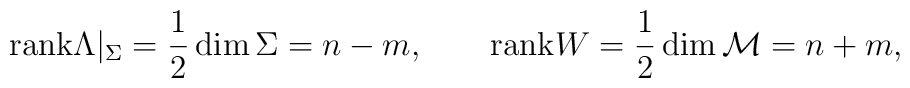
{\rm rank}\Lambda |_\Sigma =\frac 12\dim\Sigma =n-m,\qquad {\rm rank} W=\frac 12\dim {\cal M}=n+m,